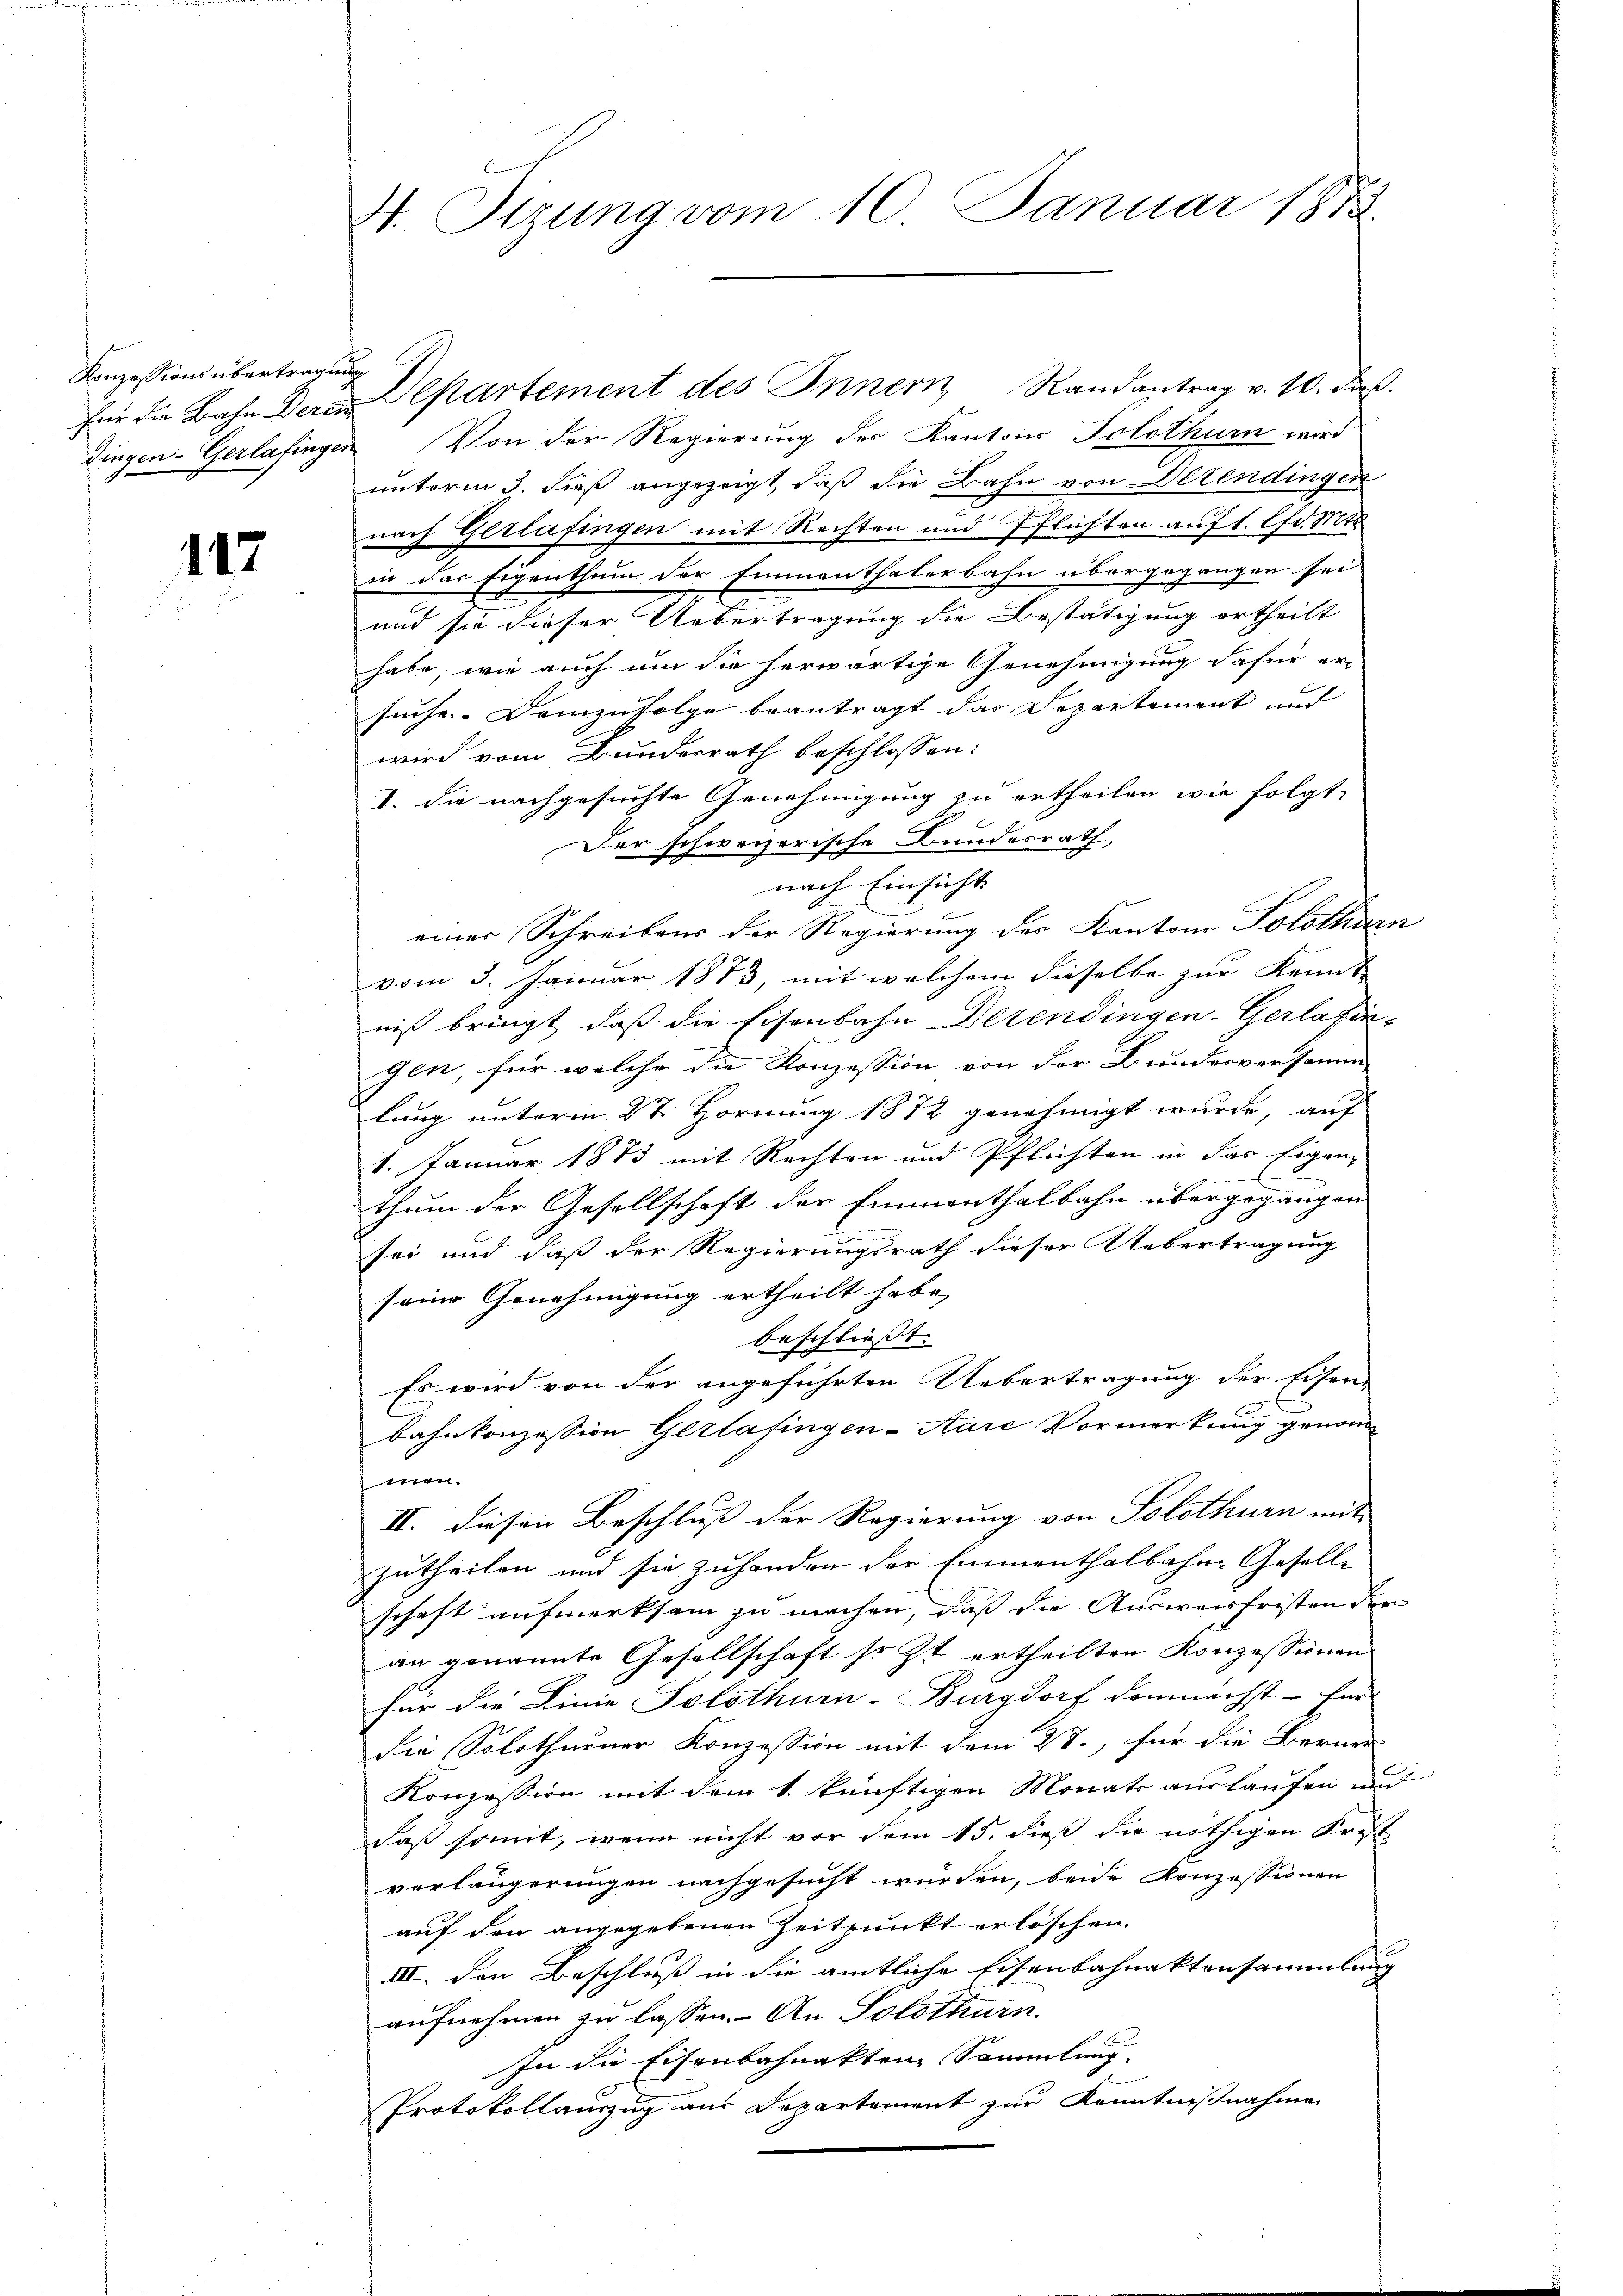
Konzessions übertragung

117

4. Sizung vom 10. Januar 1883

für die Bahn deren Departement des Innern Randantrag v. 10. daß
dingen-Gerlafingen Von der Regierung des Kantons Solothurn wird
unterm 3. dieß angezeigt, daß die Bahn von Oltendingen
nach Gerlafingen mit Rechten und Pflichten auf 1. Chart
in das Eigenthum der Emmenthaterbahn übergegangen sei,
und sie dieser Uebertragung die Bestätigung ertheilt
habe, wie auch um die herwärtige Genehmigung dafür er-
suche. Demzufolge beantragt das Departement und
wird vom Bundesrath beschlossen:
I. die nachgesuchte Genehmigung zu ertheilen wie folgt,
Der schweizerische Bundesrath
nach Einsicht
einer Schreibens der Regierung der Kantons Solothurn
vom 3. Januar 1873, mit welchem dieselbe zur Kennt
niß bringt, daß die Eisenbahn Derendingen-Gerlafingen, für welche die Konzession von der Bunderversamm
lung unterm 2t Hornung 1872 genehmigt wurde, auf
1. Januar 1873 mit Rechten und Pflichten in das Eigen-

thum der Gesellschaft der Emmenthalbahn übergegangen
sei und daß der Regierungsrath dieser Uebertragung
seine Genehmigung ertheilt habe,
beschließt:
Es wird von der angeführten Uebertragung der Eisen-
bahnkonzession Gerlafingen-Aare Vormerkung genomtten.
II. Diesen Beschluss der Regierung von Solothurn mit |
zutheilen und sie zuhanden der Emmenthalbahne Geselle
schaft aufmerksam zu machen, daß die Ausweisfristen der
an genannte Gesellschaft so Zt ertheilten Konzessionen
für die Linie Solothurn-Burgdorf demnächst - Ein
die Solothurner Konzession mit dem 27., für die Berner
Konzession mit dem 1. künftigen Monats auslaufen und
daß somit, wenn nicht vor dem 15. dieß die nöthigen Frist
verlängerungen nachgesucht würden, beide Konzessionen
auf den angegebenen Zeitpunkt erlöschen.
III. Den Beschluß in die amtliche Eisenbahnaktensammlung
aufnehmen zu lassen. An Solothurn.
In die Eisenbahnakten Sammlung.
Protokollauszug aus Departement zur Kenntnißnahmen